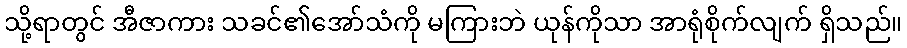
သို့ရာတွင် အီဇာကား သခင်၏အော်သံကို မကြားဘဲ ယုန်ကိုသာ အာရုံစိုက်လျက် ရှိသည်။